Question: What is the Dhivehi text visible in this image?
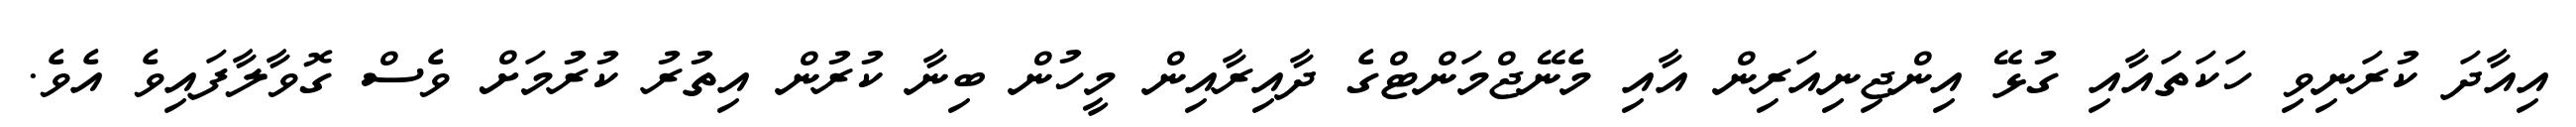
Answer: އިއާދަ ކުރަނިވި ހަކަތައާއި ގުޅޭ އިންޖިނިއަރިން އާއި މެނޭޖްމަންޓްގެ ދާއިރާއިން މީހުން ބިނާ ކުރުން އިތުރު ކުރުމަށް ވެސް ގޮވާލާފައިވެ އެވެ.